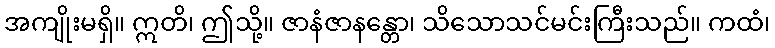
အကျိုးမရှိ။ ဣတိ၊ ဤသို့။ ဇာနံဇာနန္တော၊ သိသောသင်မင်းကြီးသည်။ ကထံ၊